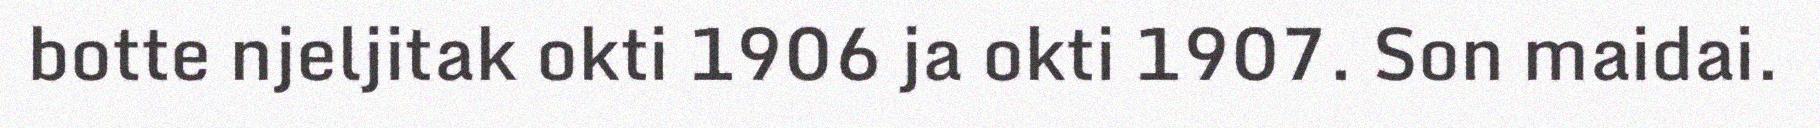
botte njeljitak okti 1906 ja okti 1907. Son maidai.